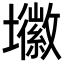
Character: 𭐈